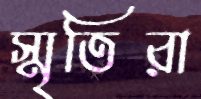
স্মৃতিরা